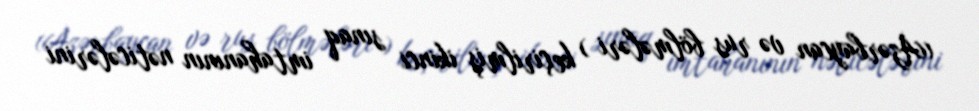
(Azərbaycan və rus bölmələri ) keçirilmiş ikinci sınaq imtahanının nəticələrini